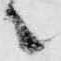
之